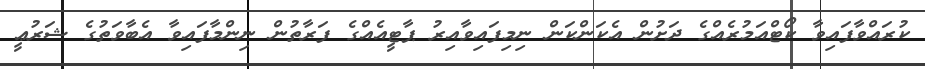
ކުރައްވާފައިވާ ކޯޓްއަމުރެއްގެ ދަށުން އެކަންކަން ނިމިފައިވާއިރު ޕާޓީއެއްގެ ފަރާތުން ނިންމާފައިވާ އެބާވަތުގެ ޝަރުޢީ